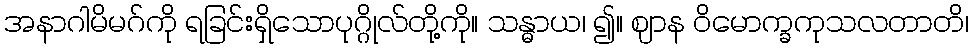
အနာဂါမိမဂ်ကို ရခြင်းရှိသောပုဂ္ဂိုလ်တို့ကို။ သန္ဓာယ၊ ၍။ ဈာန ဝိမောက္ခကုသလတာတိ၊